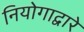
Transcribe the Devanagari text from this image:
नियोगाद्वारे